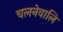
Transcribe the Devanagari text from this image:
चलनेवालि